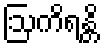
ဩကိရန္တိ